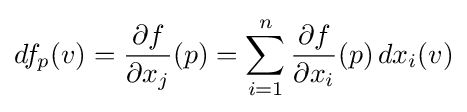
df_{p}(v)={\frac {\partial f}{\partial x_{j}}}(p)=\sum _{i=1}^{n}{\frac {\partial f}{\partial x_{i}}}(p)\,dx_{i}(v)